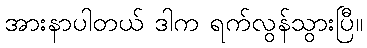
အားနာပါတယ် ဒါက ရက်လွန်သွားပြီ။